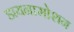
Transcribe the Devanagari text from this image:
डायनामोशन